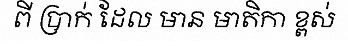
ពី ប្រាក់ ដែល មាន មាតិកា ខ្ពស់